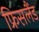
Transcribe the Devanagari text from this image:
फ्रिसलैंड